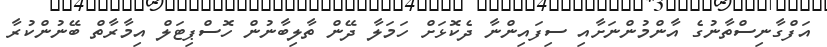
އަފްގާނިސްތާނުގެ އާންމުންނަށާއި ސިފައިންނާ ދެކޮޅަށް ހަމަލާ ދޭން ތާލިބާނުން ހޮސްޕިޓަލް އިމާރާތް ބޭނުންކުރާ